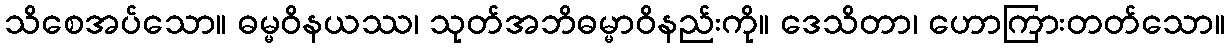
သိစေအပ်သော။ ဓမ္မဝိနယဿ၊ သုတ်အဘိဓမ္မာဝိနည်းကို။ ဒေသိတာ၊ ဟောကြားတတ်သော။